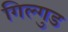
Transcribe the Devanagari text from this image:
गिल्गुड